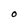
Character: O